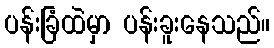
ပန်းခြံထဲမှာ ပန်းခူးနေသည်။